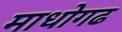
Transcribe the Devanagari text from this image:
माधोगढ